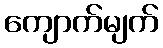
ကျောက်မျက်